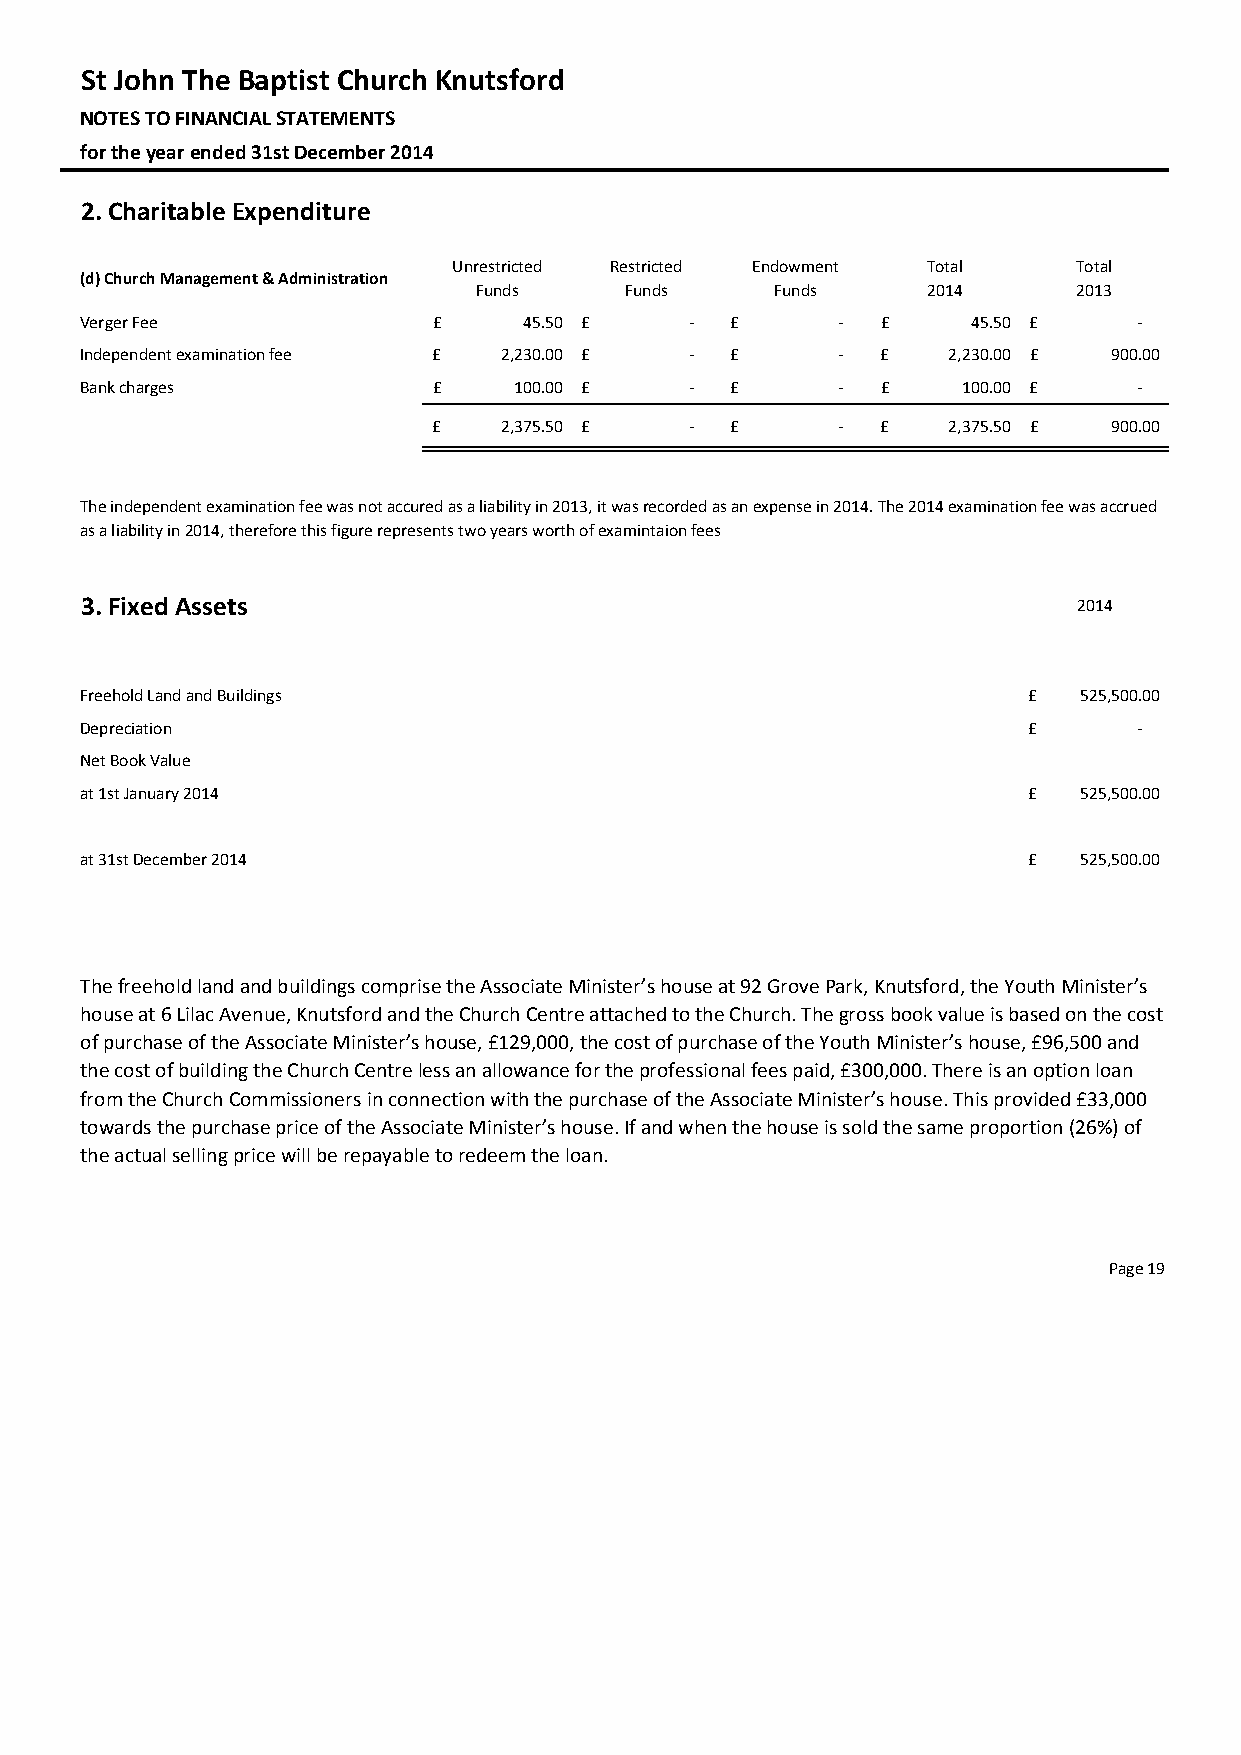
St John The Baptist Church Knutsford
 NOTES TO FINANCIAL STATEMENTS
 for the year ended 31st December 2014
 2. Charitable Expenditure
 cu        Res
 Unrestricted Restricted Endowment Total  Total
 (d) Church Management & Administration
 Funds     Funds     Funds     2014      2013
 Verger Fee              £     45.50 £    ‐ £      ‐  £     45.50 £    ‐
 Independent examination fee £ 2 ,230.00 £ ‐ £     ‐  £    2 ,230.00 £ 900.00
 Bank charges            £    100.00 £    ‐ £      ‐  £     100.00 £   ‐
 £   2 ,375.50 £  ‐ £      ‐  £    2 ,375.50 £ 900.00
 The independent examination fee was not accured as a liability in 2013, it was recorded as an expense in 2014. The 2014 examination fee was accrued
 as a liability in 2014, therefore this figure represents two years worth of examintaion fees
 3. Fixed Assets                                                   2014
 Freehold Land and Buildings                                    £  525,500.00
 Depreciation                                                   £      ‐
 Net Book Value
 at 1st January 2014                                            £  525,500.00
 at 31st December 2014                                          £  525,500.00
 The freehold land and buildings comprise the Associate Minister’s house at 92 Grove Park, Knutsford, the Youth Minister’s
 house at 6 Lilac Avenue, Knutsford and the Church Centre attached to the Church. The gross book value is based on the cost
 of purchase of the Associate Minister’s house, £129,000, the cost of purchase of the Youth Minister’s house, £96,500 and
 the cost of building the Church Centre less an allowance for the professional fees paid, £300,000. There is an option loan
 from the Church Commissioners in connection with the purchase of the Associate Minister’s house. This provided £33,000
 towards the purchase price of the Associate Minister’s house. If and when the house is sold the same proportion (26%) of
 the actual selling price will be repayable to redeem the loan.
 Page 19